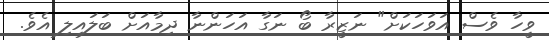
ވީހާ ވެސް އަވަހަކަށް" ނަޒީރާ ބޯ ނަގާ އަހަންނާ ދިމާއަށް ބަލައިލި އެވެ.